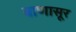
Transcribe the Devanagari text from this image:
बाणासूर